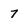
Character: 7